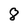
Character: 8